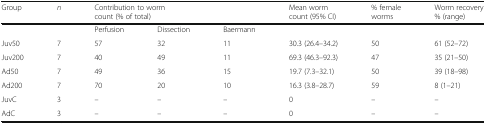
<table><thead><tr><td><b>Group</b></td><td><b><i>n</i></b></td><td colspan="3"><b>Contribution to worm count (% of total)</b></td><td><b>Mean worm count (95% CI)</b></td><td><b>% female worms</b></td><td><b>Worm recovery % (range)</b></td></tr></thead><tbody><tr><td></td><td></td><td>Perfusion</td><td>Dissection</td><td>Baermann</td><td></td><td></td><td></td></tr><tr><td>Juv50</td><td>7</td><td>57</td><td>32</td><td>11</td><td>30.3 (26.4–34.2)</td><td>50</td><td>61 (52–72)</td></tr><tr><td>Juv200</td><td>7</td><td>40</td><td>49</td><td>11</td><td>69.3 (46.3–92.3)</td><td>47</td><td>35 (21–50)</td></tr><tr><td>Ad50</td><td>7</td><td>49</td><td>36</td><td>15</td><td>19.7 (7.3–32.1)</td><td>50</td><td>39 (18–98)</td></tr><tr><td>Ad200</td><td>7</td><td>70</td><td>20</td><td>10</td><td>16.3 (3.8–28.7)</td><td>59</td><td>8 (1–21)</td></tr><tr><td>JuvC</td><td>3</td><td>–</td><td>–</td><td>–</td><td>0</td><td>–</td><td>–</td></tr><tr><td>AdC</td><td>3</td><td>–</td><td>–</td><td>–</td><td>0</td><td>–</td><td>–</td></tr></tbody></table>